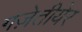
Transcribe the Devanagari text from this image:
गज़ेतीयेर